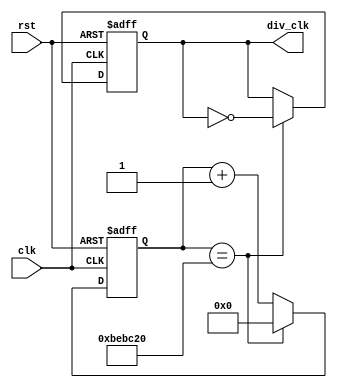
`define TimeExpire 32'd12500000
module cli_div(clk,rst,div_clk);
input clk,rst;
output div_clk;

reg div_clk;
reg [31:0]count;

always@(posedge clk or negedge rst)
begin
 if(!rst)
 begin
 count<=32'd0;
 div_clk<=1'b0;
 end
 else
 begin
 if(count==`TimeExpire)
 begin
 count<=32'd0;
 div_clk<=!div_clk;
 end
 else
 begin
 count<=count+32'd1;
 end 
 end
end

endmodule

module seven(count,out);
input [3:0] count;
output reg[6:0] out;
always@(count)
begin
case(count)
 4'd0 : out =  7'b0000001 ;
 4'd1 : out =  7'b1001111 ;
 4'd2 : out =  7'b0010010 ;
 4'd3 : out =  7'b0000110 ;
 4'd4 : out =  7'b1001100 ;
 4'd5 : out =  7'b0100100 ;
 4'd6 : out =  7'b0100000 ;
 4'd7 : out =  7'b0001111 ;
 4'd8 : out =  7'b0000000 ;
 4'd9 : out =  7'b0000100 ;
 4'd10 : out = 7'b0001000 ;
 4'd11 : out = 7'b1100000 ;
 4'd12 : out = 7'b0110001 ;
 4'd13 : out = 7'b1000010 ;
 4'd14 : out = 7'b0110000 ;
 4'd15 : out = 7'b0111000 ;
endcase
end
endmodule

module exam(clk, reset, in , out);
input clk, reset, in;
reg [3:0] count;
reg [2:0]state, next_state;
wire clk_div;
output [6:0] out;
parameter s0=2'd0, s1=2'd1, s2=2'd2,s3=2'd3;
cli_div c(.clk(clk),.rst(reset),.div_clk(clk_div));
seven useven(.count(count),.out(out));

always@(posedge clk_div or negedge reset)
begin
 if(!reset) 
 begin
  state = s0;
 end
 else 
 begin
  state = next_state;
 end
end

always@(state) begin

case(state)
 
 s0:begin
    if (in == 0) begin
        next_state = s3;
    end
    else begin
        next_state = s2;
    end
 end
 
 s1:begin
    if (in == 0) begin
        next_state = s0;
    end
    else begin
        next_state = s3;
    end
 end
 
 s2:begin
    if (in == 0) begin
        next_state = s1;
    end
    else begin
        next_state = s1;
    end
 end
 
 s3:begin
    if (in == 0) begin
        next_state = s2;
    end
    else begin
        next_state = s0;
    end
 end
 
 endcase

end

always@(state or reset)
begin
    if (reset == 0) begin
        count = 32'd8;
    end
	 else begin	
	 
		case(state)
    s0:begin
        if (in == 0) begin
            count=32'd0;
        end
        else begin
            count = 32'd4;
        end
    end
    s1:begin
        if (in == 0) begin
            count=32'd1;
        end
        else begin
            count = 32'd5;
        end
    end
    s2:begin
        if (in == 0) begin
            count=32'd2;
        end
        else begin
            count = 32'd6;
        end
    end
    s3:begin
        if (in == 0) begin
            count=32'd3;
        end
        else begin
            count = 32'd7;
        end
    end
 endcase
	 end

end
endmodule